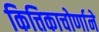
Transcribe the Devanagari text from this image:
कित्तिकाचोर्णाने